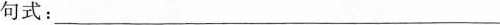
句式：___